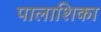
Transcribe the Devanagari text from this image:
पालाशिका